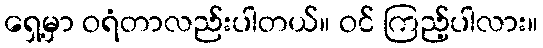
ရှေ့မှာ ဝရံတာလည်းပါတယ်။ ဝင် ကြည့်ပါလား။